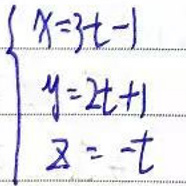
\begin{cases}
x = 3t - 1\\
y = 2t + 1\\
z = -t
\end{cases}